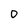
Character: D